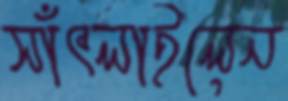
সাঁৎলাইলেন